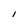
Character: I